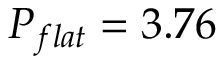
P _ { f l a t } = 3 . 7 6